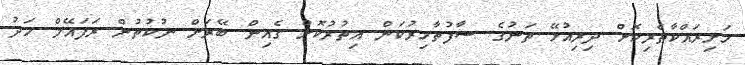
ހަށިރައްކާތެރިކޮށް ދިރިއުޅޭ ތަނުގެ ސާފުތާހިރުކަން އިތުރުކޮށް ގެއިން ބޭރަށް ނުކުތުން ރަފައޭލް މަދު